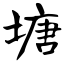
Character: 塘